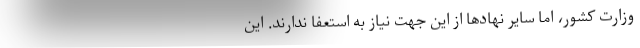
وزارت کشور، اما سایر نهادها از این جهت نیاز به استعفا ندارند. این